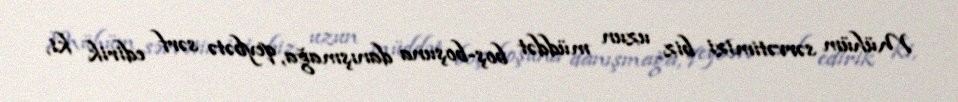
Mühüm sərvətimizi biz uzun müddət boş-boşuna danışmağa, qeybətə sərf edirik ki,